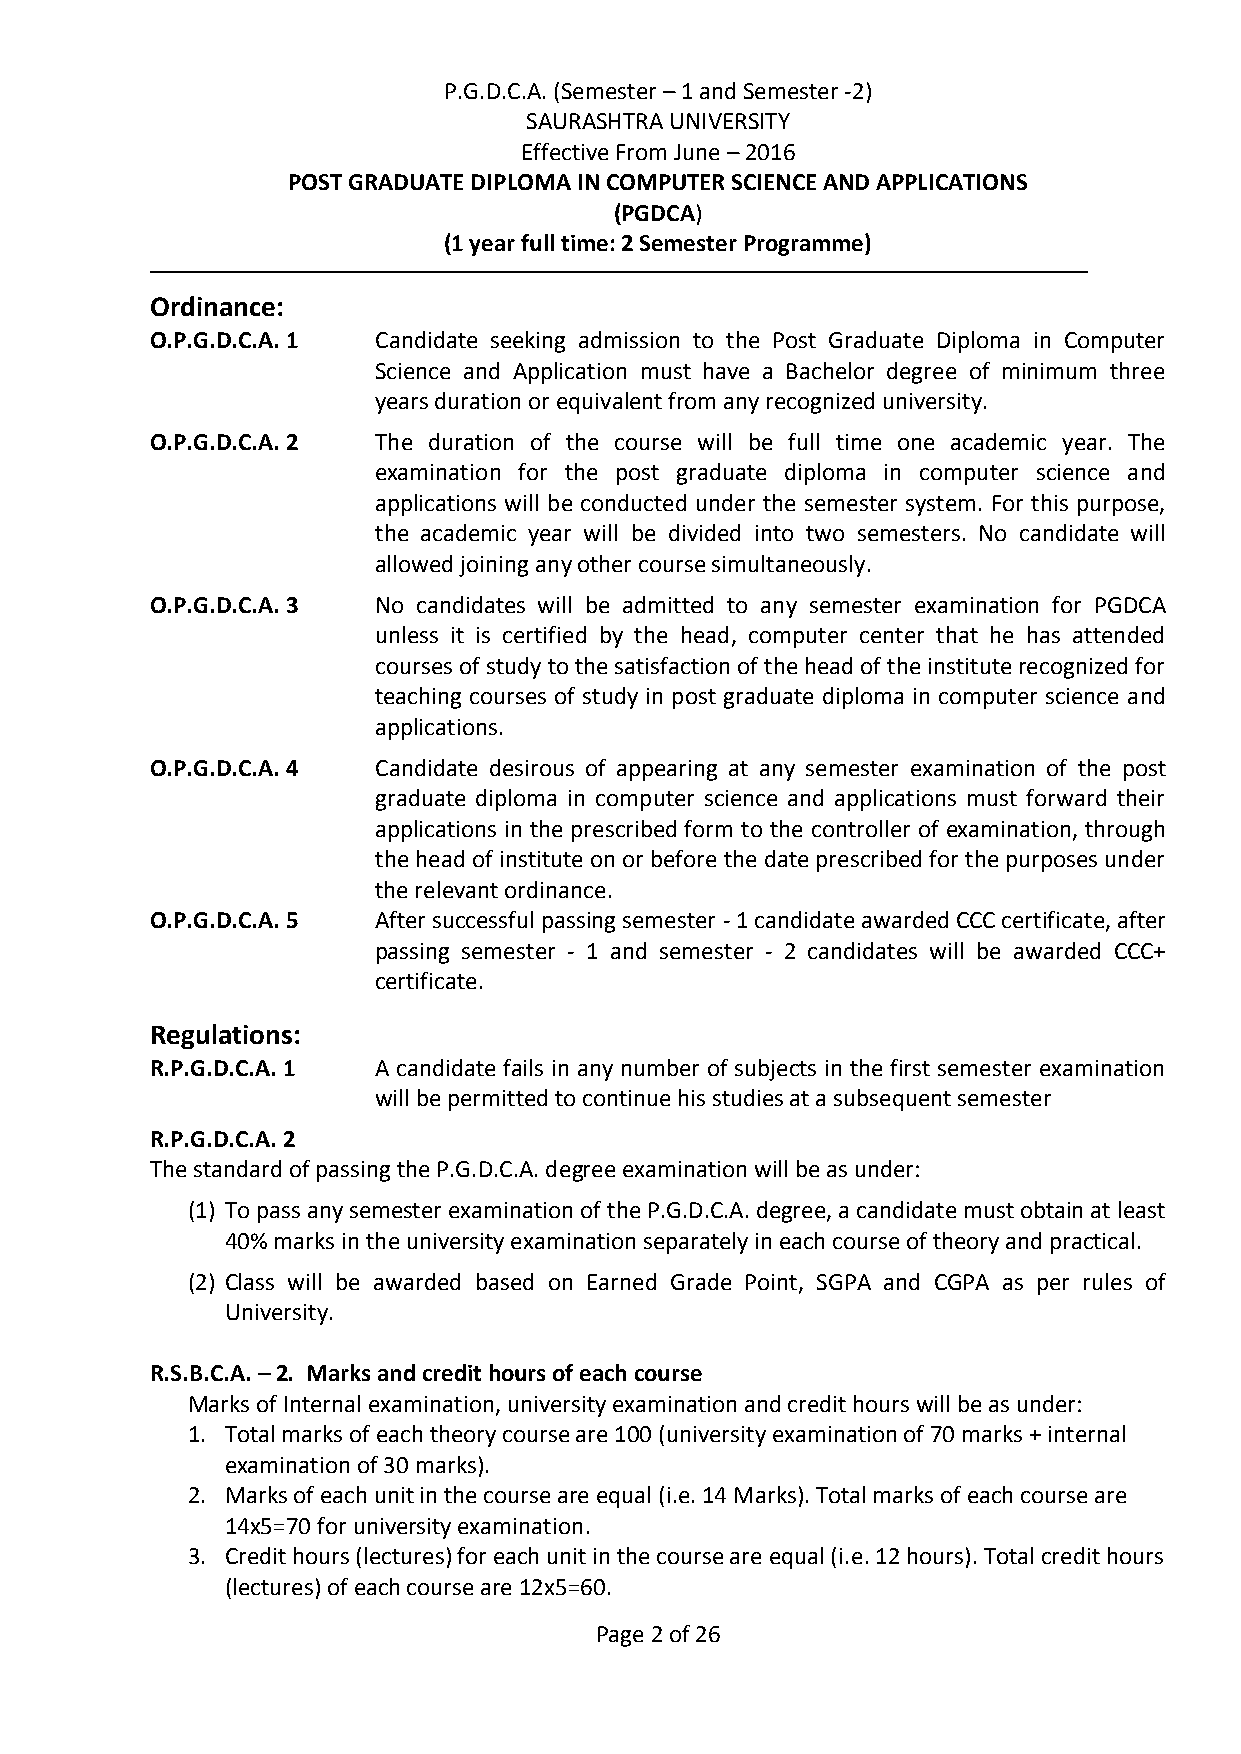
P.G.D.C.A. (Semester – 1 and Semester -2)
 SAURASHTRA UNIVERSITY
 Effective From June – 2016
 POST GRADUATE DIPLOMA IN COMPUTER SCIENCE AND APPLICATIONS
 (PGDCA)
 (1 year full time: 2 Semester Programme)
 Ordinance:
 O.P.G.D.C.A. 1 Candidate seeking admission to the Post Graduate Diploma in Computer
 Science and Application must have a Bachelor degree of minimum three
 years duration or equivalent from any recognized university.
 O.P.G.D.C.A. 2 The duration of the course will be full time one academic year. The
 examination for the post graduate diploma in computer science and
 applications will be conducted under the semester system. For this purpose,
 the academic year will be divided into two semesters. No candidate will
 allowed joining any other course simultaneously.
 O.P.G.D.C.A. 3 No candidates will be admitted to any semester examination for PGDCA
 unless it is certified by the head, computer center that he has attended
 courses of study to the satisfaction of the head of the institute recognized for
 teaching courses of study in post graduate diploma in computer science and
 applications.
 O.P.G.D.C.A. 4 Candidate desirous of appearing at any semester examination of the post
 graduate diploma in computer science and applications must forward their
 applications in the prescribed form to the controller of examination, through
 the head of institute on or before the date prescribed for the purposes under
 the relevant ordinance.
 O.P.G.D.C.A. 5 After successful passing semester - 1 candidate awarded CCC certificate, after
 passing semester - 1 and semester - 2 candidates will be awarded CCC+
 certificate.
 Regulations:
 R.P.G.D.C.A. 1 A candidate fails in any number of subjects in the first semester examination
 will be permitted to continue his studies at a subsequent semester
 R.P.G.D.C.A. 2
 The standard of passing the P.G.D.C.A. degree examination will be as under:
 (1) To pass any semester examination of the P.G.D.C.A. degree, a candidate must obtain at least
 40% marks in the university examination separately in each course of theory and practical.
 (2) Class will be awarded based on Earned Grade Point, SGPA and CGPA as per rules of
 University.
 R.S.B.C.A. – 2. Marks and credit hours of each course
 Marks of Internal examination, university examination and credit hours will be as under:
 1. Total marks of each theory course are 100 (university examination of 70 marks + internal
 examination of 30 marks).
 2. Marks of each unit in the course are equal (i.e. 14 Marks). Total marks of each course are
 14x5=70 for university examination.
 3. Credit hours (lectures) for each unit in the course are equal (i.e. 12 hours). Total credit hours
 (lectures) of each course are 12x5=60.
 Page 2 of 26